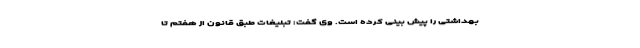
بهداشتی را پیش بینی کرده است. وی گفت: تبلیغات طبق قانون از هفتم تا